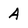
Character: A